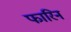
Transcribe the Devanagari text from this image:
फारिन